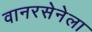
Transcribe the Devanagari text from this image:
वानरसेनेला